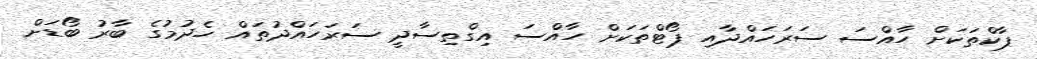
ޕާކްތަކަށް ހާއްސަ ސަރަހައްދާއި ޕޯޓްތަކަށް ހާއްސަ އިގްތިސާދީ ސަރަހައްދުތައް ހެދުމުގެ ބާރު ބޯޑަށް